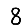
Digit: 8